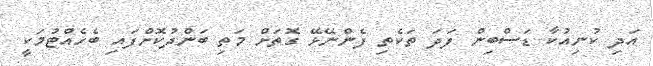
އަދި ކުނިއުކާ ޑަސްބިން ފަދަ ތަކެތި ފެންނޭޅޭ ގޮތަށް މަތި ބަންދުކޮށްފައި ބެހެއްޓުމަކީ